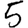
Digit: 5